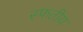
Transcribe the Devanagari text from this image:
स्फतीय